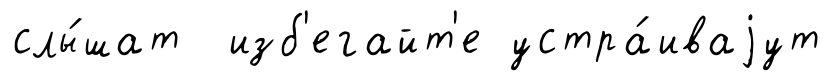
слы́шат изб'егайт'е устра́иваjут